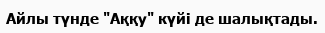
Айлы түнде "Аққу" күйі де шалықтады.